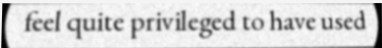
feel quite privileged to have used